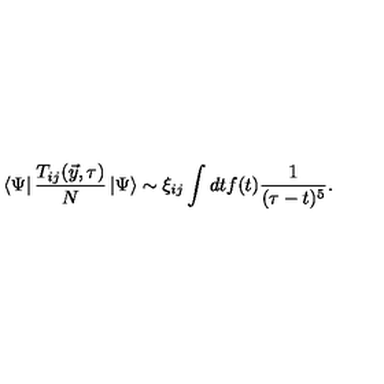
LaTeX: \left< \Psi \right| { \frac { T _ { i j } ( \vec { y } , \tau ) } { N } } \left| \Psi \right> \sim \xi _ { i j } \int { d t f ( t ) { \frac { 1 } { ( \tau - t ) ^ { 5 } } } } .